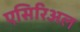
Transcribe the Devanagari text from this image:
एसिरिअल